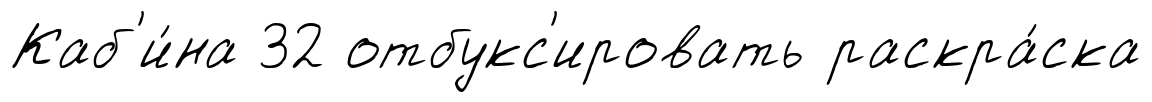
Каб'и́на 32 отбукс'ировать раскра́ска